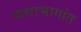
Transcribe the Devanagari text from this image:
कथाभागांत